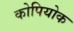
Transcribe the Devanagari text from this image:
कोपियोक